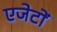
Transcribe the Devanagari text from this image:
एजेटों